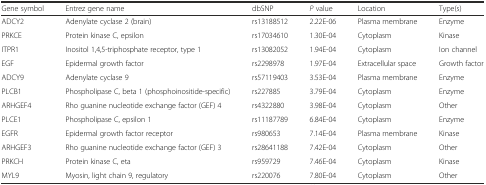
<table><thead><tr><td><b>Gene symbol</b></td><td><b>Entrez gene name</b></td><td><b>dbSNP</b></td><td><b><i>P</i> value</b></td><td><b>Location</b></td><td><b>Type(s)</b></td></tr></thead><tbody><tr><td>ADCY2</td><td>Adenylate cyclase 2 (brain)</td><td>rs13188512</td><td>2.22E-06</td><td>Plasma membrane</td><td>Enzyme</td></tr><tr><td>PRKCE</td><td>Protein kinase C, epsilon</td><td>rs17034610</td><td>1.30E-04</td><td>Cytoplasm</td><td>Kinase</td></tr><tr><td>ITPR1</td><td>Inositol 1,4,5-triphosphate receptor, type 1</td><td>rs13082052</td><td>1.94E-04</td><td>Cytoplasm</td><td>Ion channel</td></tr><tr><td>EGF</td><td>Epidermal growth factor</td><td>rs2298978</td><td>1.97E-04</td><td>Extracellular space</td><td>Growth factor</td></tr><tr><td>ADCY9</td><td>Adenylate cyclase 9</td><td>rs57119403</td><td>3.53E-04</td><td>Plasma membrane</td><td>Enzyme</td></tr><tr><td>PLCB1</td><td>Phospholipase C, beta 1 (phosphoinositide-specific)</td><td>rs227885</td><td>3.79E-04</td><td>Cytoplasm</td><td>Enzyme</td></tr><tr><td>ARHGEF4</td><td>Rho guanine nucleotide exchange factor (GEF) 4</td><td>rs4322880</td><td>3.98E-04</td><td>Cytoplasm</td><td>Other</td></tr><tr><td>PLCE1</td><td>Phospholipase C, epsilon 1</td><td>rs11187789</td><td>6.84E-04</td><td>Cytoplasm</td><td>Enzyme</td></tr><tr><td>EGFR</td><td>Epidermal growth factor receptor</td><td>rs980653</td><td>7.14E-04</td><td>Plasma membrane</td><td>Kinase</td></tr><tr><td>ARHGEF3</td><td>Rho guanine nucleotide exchange factor (GEF) 3</td><td>rs28641188</td><td>7.42E-04</td><td>Cytoplasm</td><td>Other</td></tr><tr><td>PRKCH</td><td>Protein kinase C, eta</td><td>rs959729</td><td>7.46E-04</td><td>Cytoplasm</td><td>Kinase</td></tr><tr><td>MYL9</td><td>Myosin, light chain 9, regulatory</td><td>rs220076</td><td>7.80E-04</td><td>Cytoplasm</td><td>Other</td></tr></tbody></table>